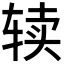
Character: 𰺌